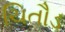
ચિતૌડ